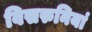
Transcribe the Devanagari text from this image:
विसरुनियां